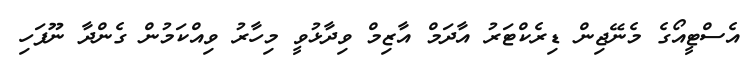
އެސްޓީއޯގެ މެނޭޖިން ޑިރެކްޓަރު އާދަމް އާޒިމް ވިދާޅުވީ މިހާރު ވިއްކަމުން ގެންދާ ނޫފަހި